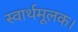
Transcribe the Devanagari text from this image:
स्वार्थमूलक।